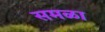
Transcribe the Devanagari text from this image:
समळा